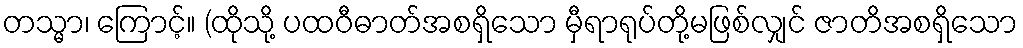
တသ္မာ၊ ကြောင့်။ (ထိုသို့ ပထဝီဓာတ်အစရှိသော မှီရာရုပ်တို့မဖြစ်လျှင် ဇာတိအစရှိသော